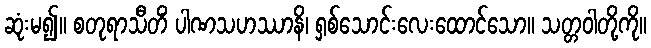
ဆုံးမ၍။ စတုရာသီတိံ ပါဏသဟဿာနိ၊ ရှစ်သောင်းလေးထောင်သော။ သတ္တဝါတို့ကို။